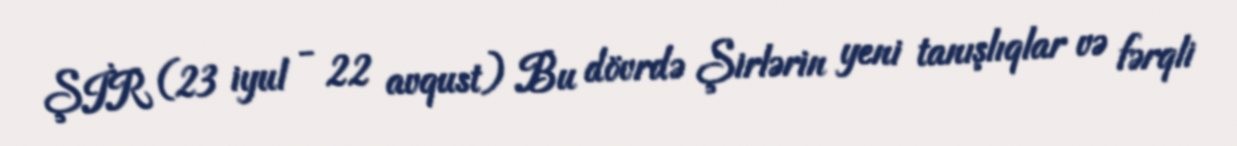
ŞİR (23 iyul - 22 avqust) Bu dövrdə Şirlərin yeni tanışlıqlar və fərqli